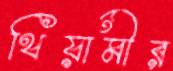
থিয়ামীর